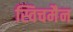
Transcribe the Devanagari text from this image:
स्विचमैन